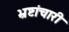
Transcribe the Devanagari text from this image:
भ्रष्टांचारी